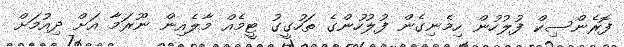
ފޮރެންސިކް ފުލުހުން ހިމެނިގެން ފުލުހުންގެ ތަހުގީގު ޓީމެއް މާލެއިން ނޫރަމާ އަށް ދިއުމަށް